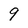
Character: 9